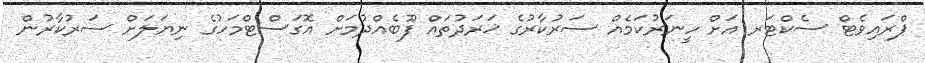
ޕްރައިވެޓް ސެކްޓަރ އަށް ހީނަރުކަމެއް ސަރުކާރުގެ ޚަރަދުތައް ފޫބެއްދުމަށް އޮގަސްޓްމަހުގެ ނިޔަލަށް ސަރުކާރުން